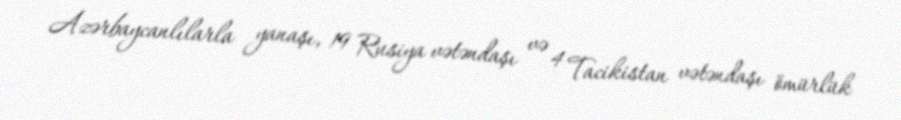
Azərbaycanlılarla yanaşı, 19 Rusiya vətəndaşı və 4 Tacikistan vətəndaşı ömürlük